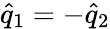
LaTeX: \hat{q}_{1}=-\hat{q}_{2}